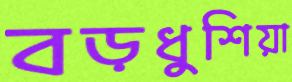
বড়ধুশিয়া